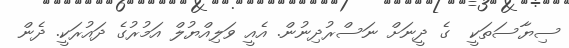
ސިޔާސަތަކީ  ގެ ދީނަށް ނަސްރުދިނުން. އެއީ ވަލިއްޔުލް އަމުރުގެ ދައުރަކީ. ދެން